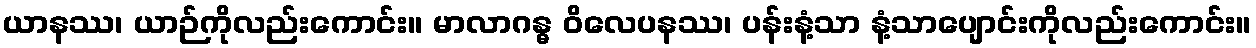
ယာနဿ၊ ယာဉ်ကိုလည်းကောင်း။ မာလာဂန္ဓ ဝိလေပနဿ၊ ပန်းနံ့သာ နံ့သာပျောင်းကိုလည်းကောင်း။